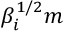
\beta _ { i } ^ { 1 / 2 } m